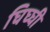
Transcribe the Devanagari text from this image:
घिघ्घी